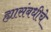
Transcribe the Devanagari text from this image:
ह्यासंबधीचे